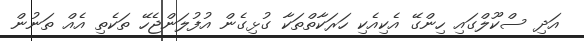
އަދި ސްކޫލްގައި ހިންގޭ އެކިއެކި ހަރަކާތްތަކާ ގުޅިގެން އުފުލަންޖެހޭ ތަކެތި އެއް ތަނުން